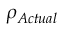
\rho _ { A c t u a l } \,